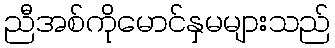
ညီအစ်ကိုမောင်နှမများသည်